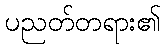
ပညတ်တရား၏